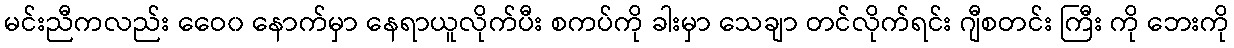
မင်းညီကလည်း ဝေေ၀ နောက်မှာ နေရာယူလိုက်ပီး စကပ်ကို ခါးမှာ သေချာ တင်လိုက်ရင်း ဂျီစတင်း ကြီး ကို ဘေးကို